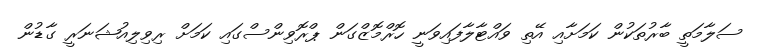
ސަލާާމަތީ ބާރުތަކުން ކަމަށާއި އޭތި ވައްޓާލާފައިވަނީ ހޮރްމޮޒްގަން ޕްރޮވިންސްގައި ކަމަށް ރިވިލިއުޝަނަރީ ގާޑުން